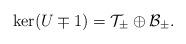
LaTeX: \begin{align*} \ker (U \mp 1) = \mathcal{T}_\pm \oplus \mathcal{B}_\pm. \end{align*}